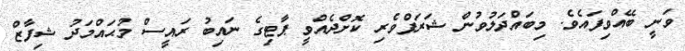
ވަނީ ބޭއްވިފައެވެ. މިބައްދަލުވުން ޝަރަފްވެރި ކޮށްދެއްވީ ޕާޓިގެ ނައިބު ރައީސް މުޙައްމަދު ޝިފާޒް